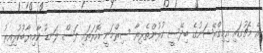
އެ މެޗުގައި އިމިގްރޭޝަނުގެ ބިދޭސީ ކުޅުންތެރިޔާ ސިރްމަނީ އޮރަތައި ފަސް ލަނޑު ކާމިޔާބުކުރިއިރު